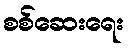
စစ်ဆေးရေး